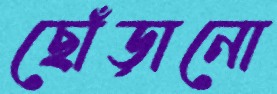
ছোঁড়ানো